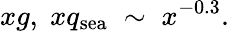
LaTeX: xg,\; xq_{\mathrm{sea}}\; \sim\; x^{-0.3}.